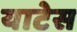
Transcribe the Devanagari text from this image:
याटेस